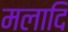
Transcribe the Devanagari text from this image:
मलादि